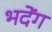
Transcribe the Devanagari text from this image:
भदेंग